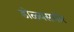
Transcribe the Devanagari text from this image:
डोळ्यसमोर